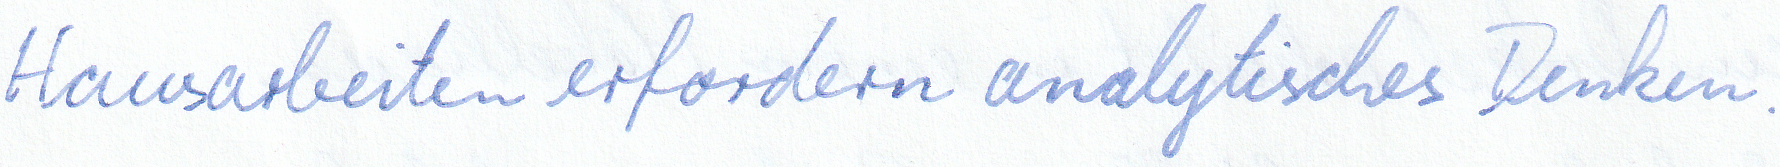
Hausarbeiten erfordern analytisches Denken.